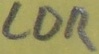
Text: LDR